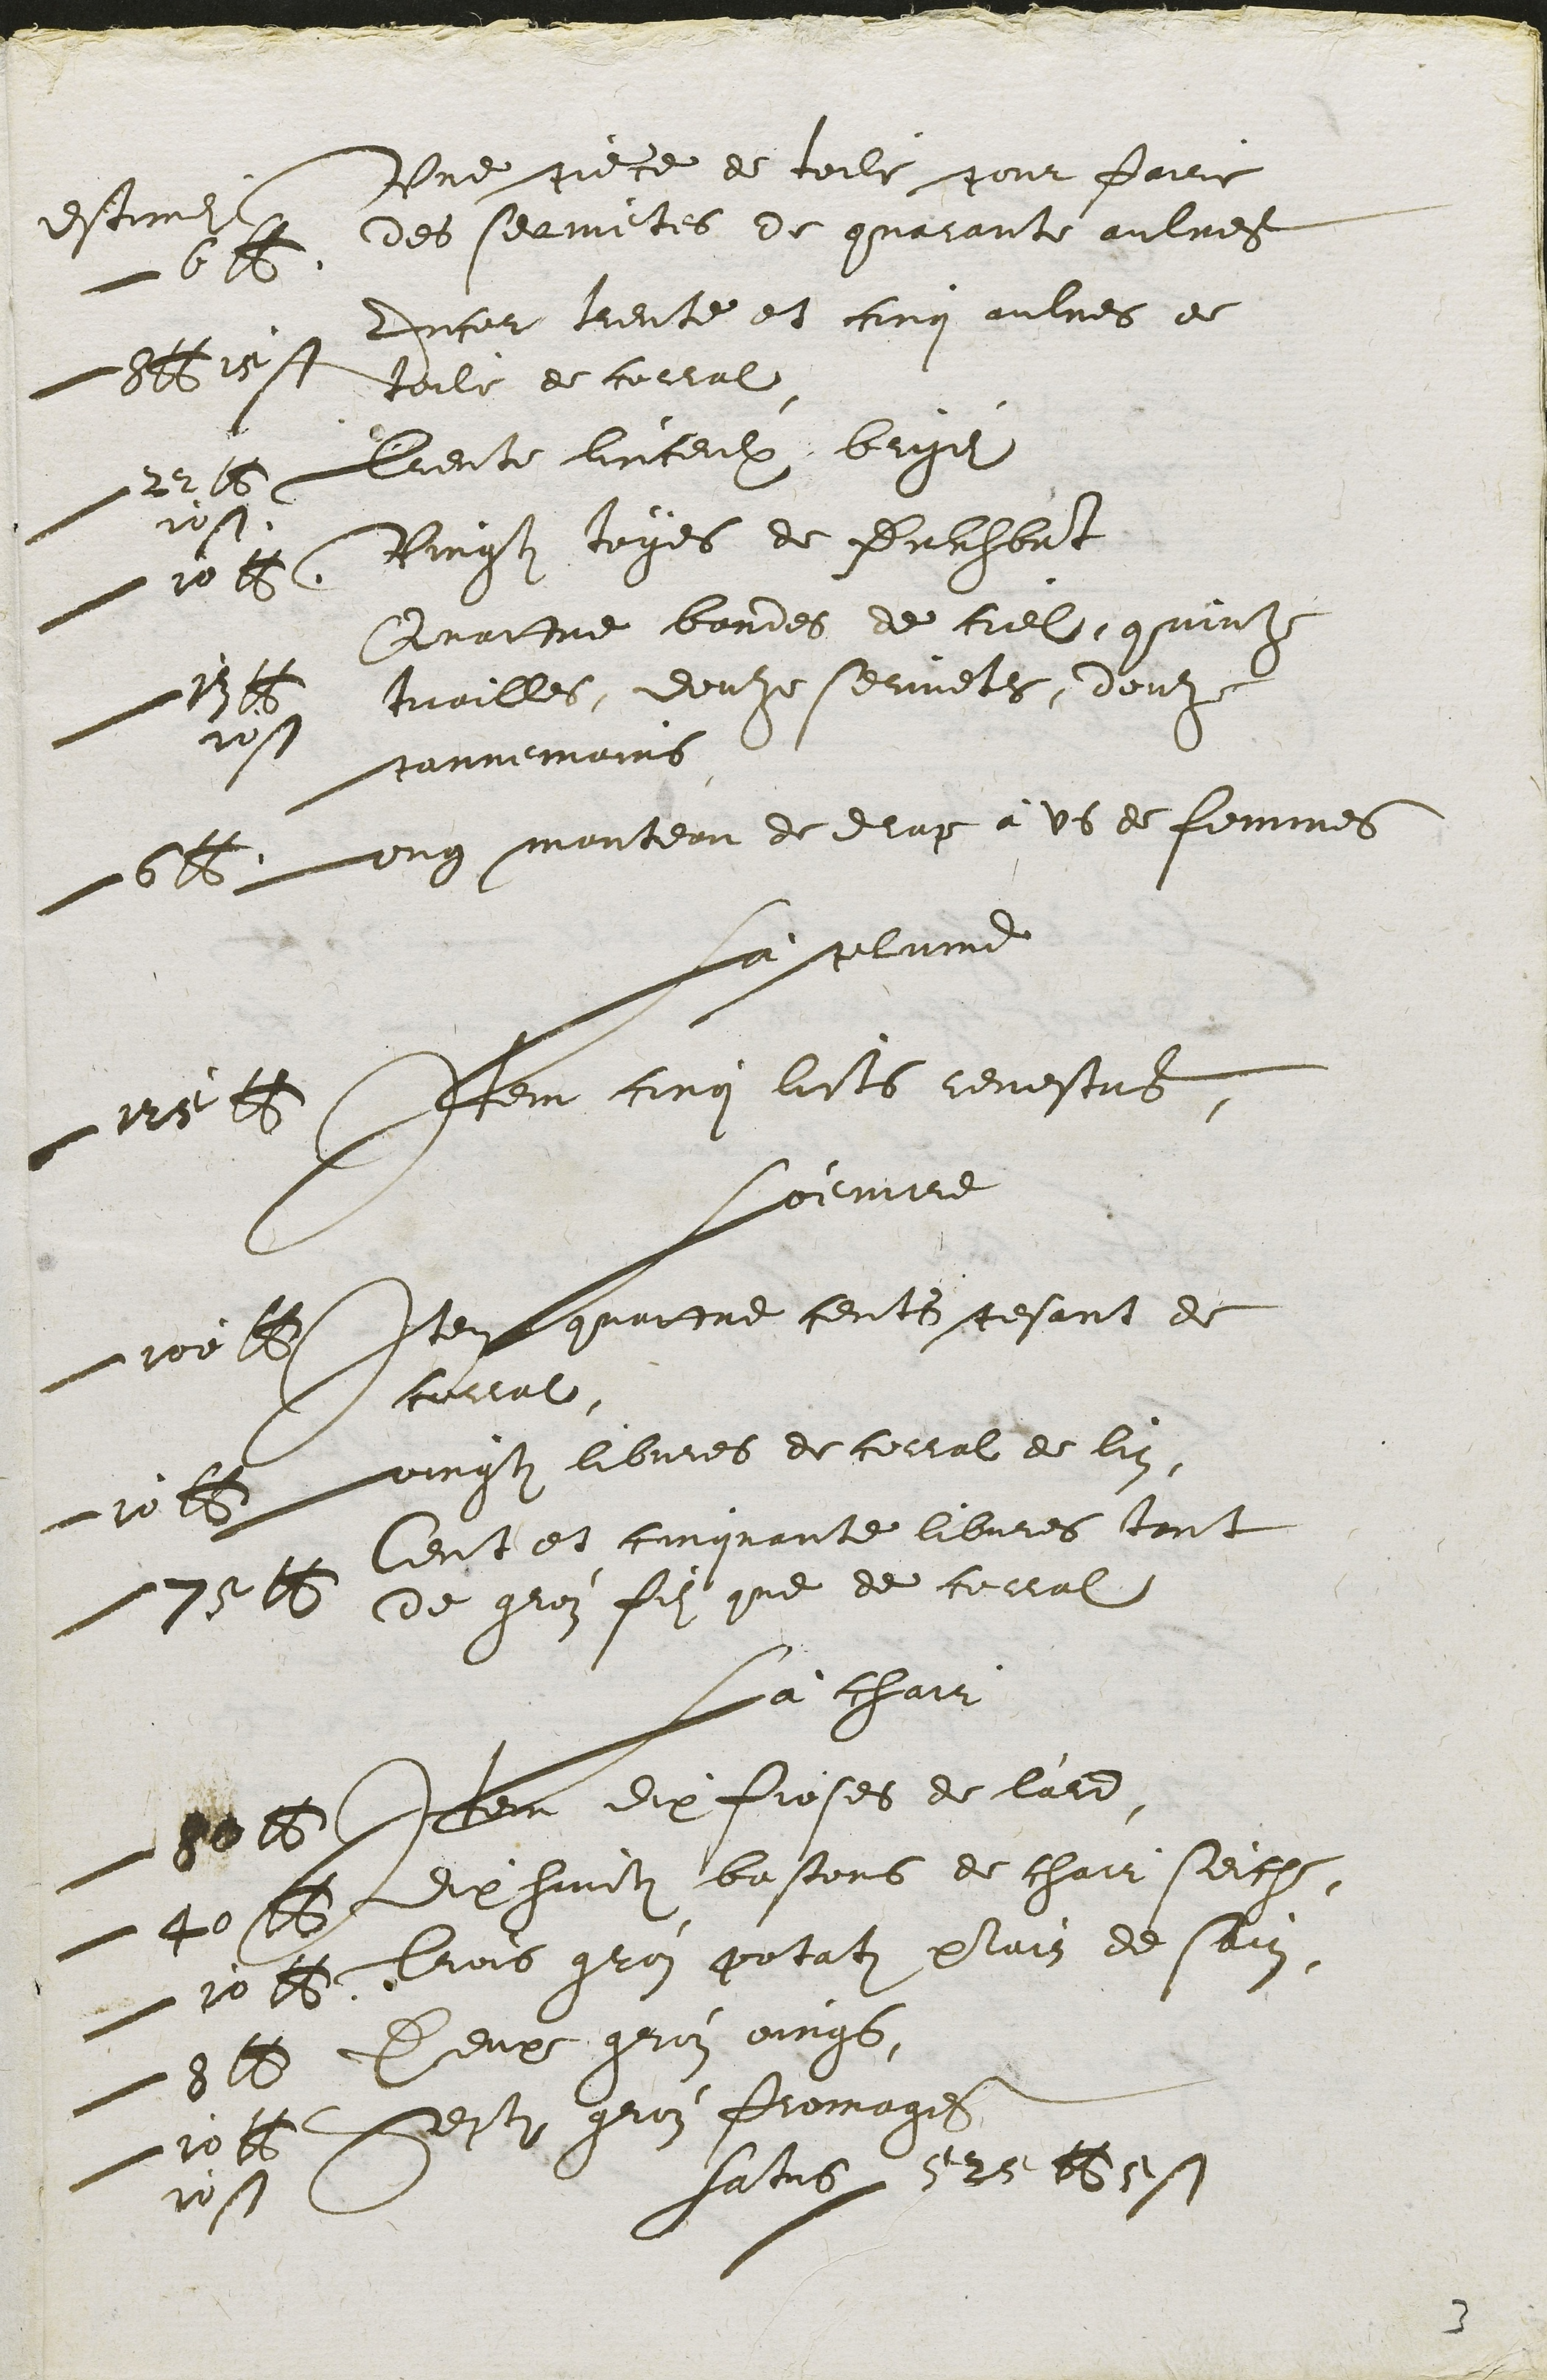
Une gece de toile gont paine
des selmetes de quatanst aulres
dfernet
2e1
Dicel teute et finr aulres d
decle de coellal
Befbiast
liecte liceulx, beuge
Lei15
1
Binestin luges de Suliheut
ve6
Curine bardes de ciel, quinz
mailles deule seuvete dontz
Lannemains
v
 Laust
Lung mantea de dup a uoes femmes
velt
La selame
Lem cinglists cenustre
mat
meute
Le Aoomitre centr cesant de
soulat
moolet
Lnnesti librres de cevtal de lui
vi1
Leust et cingante libures coust
Ce geez fils que de ceval
2e1
La hai
Iee dit fioses de lard.
1e
dit hunti bastons de chaur seiche
Leo
Ris gron petati prluiz de said
i1
Peur guin oings
Le18
Qestin guin Promari
aa1
111
fasme-

3